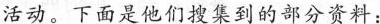
活动。下面是他们搜集到的部分资料：